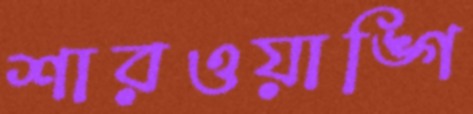
শারওয়াঙ্গি